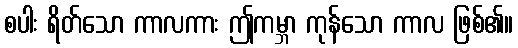
စပါး ရိတ်သော ကာလကား ဤကမ္ဘာ ကုန်သော ကာလ ဖြစ်၏။